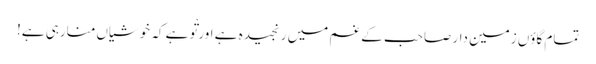
تمام گاؤں زمین دار صاحب کے غم میں رنجیدہ ہے اور تْو ہے کہ خوشیاں منارہی ہے!